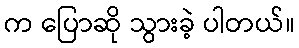
က ပြောဆို သွားခဲ့ ပါတယ်။